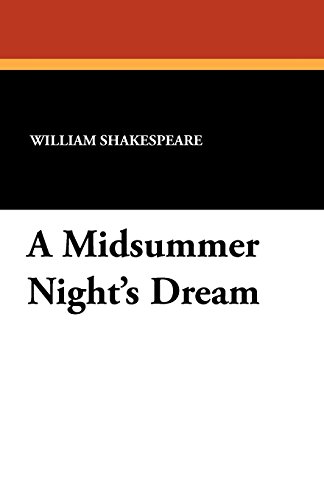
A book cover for A Midsummer Night's Dream; William Shakespeare; Teen & Young Adult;